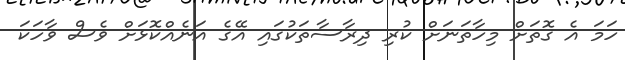
ހަމަ އެ ގޮތަށް މިހާތަނަށް ކުރި ދިރާސާތަކުގައި އޭގެ އަނެއްކޮޅަށް ވެސް ވާހަކަ